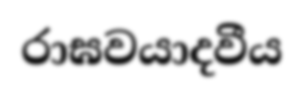
රාඝවයාදවීය